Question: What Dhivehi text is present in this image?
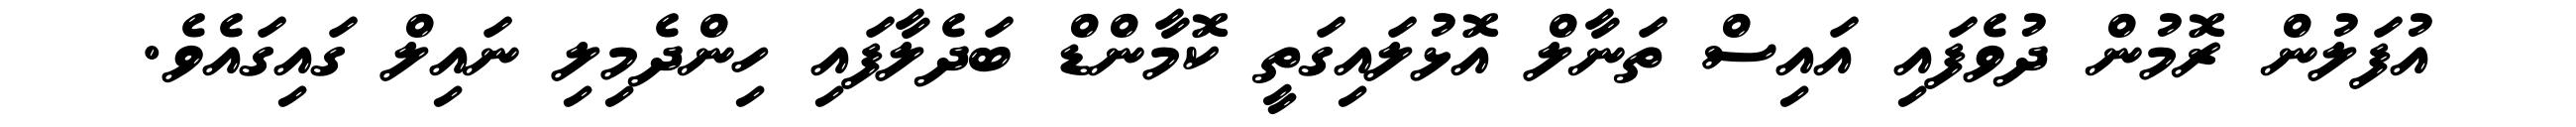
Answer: އުފަލުން ރޮމުން ދުވެފައި އައިސް ތަނާލް އޮޅުލައިގަތީ ކޮމާންޑް ބަދެލާފައި ހިންދެމިލި ނައިލް ގައިގައެވެ.